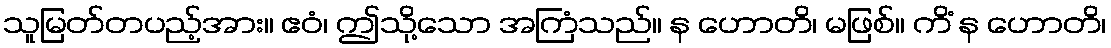
သူမြတ်တပည့်အား။ ဧဝံ၊ ဤသို့သော အကြံသည်။ န ဟောတိ၊ မဖြစ်။ ကိံ န ဟောတိ၊